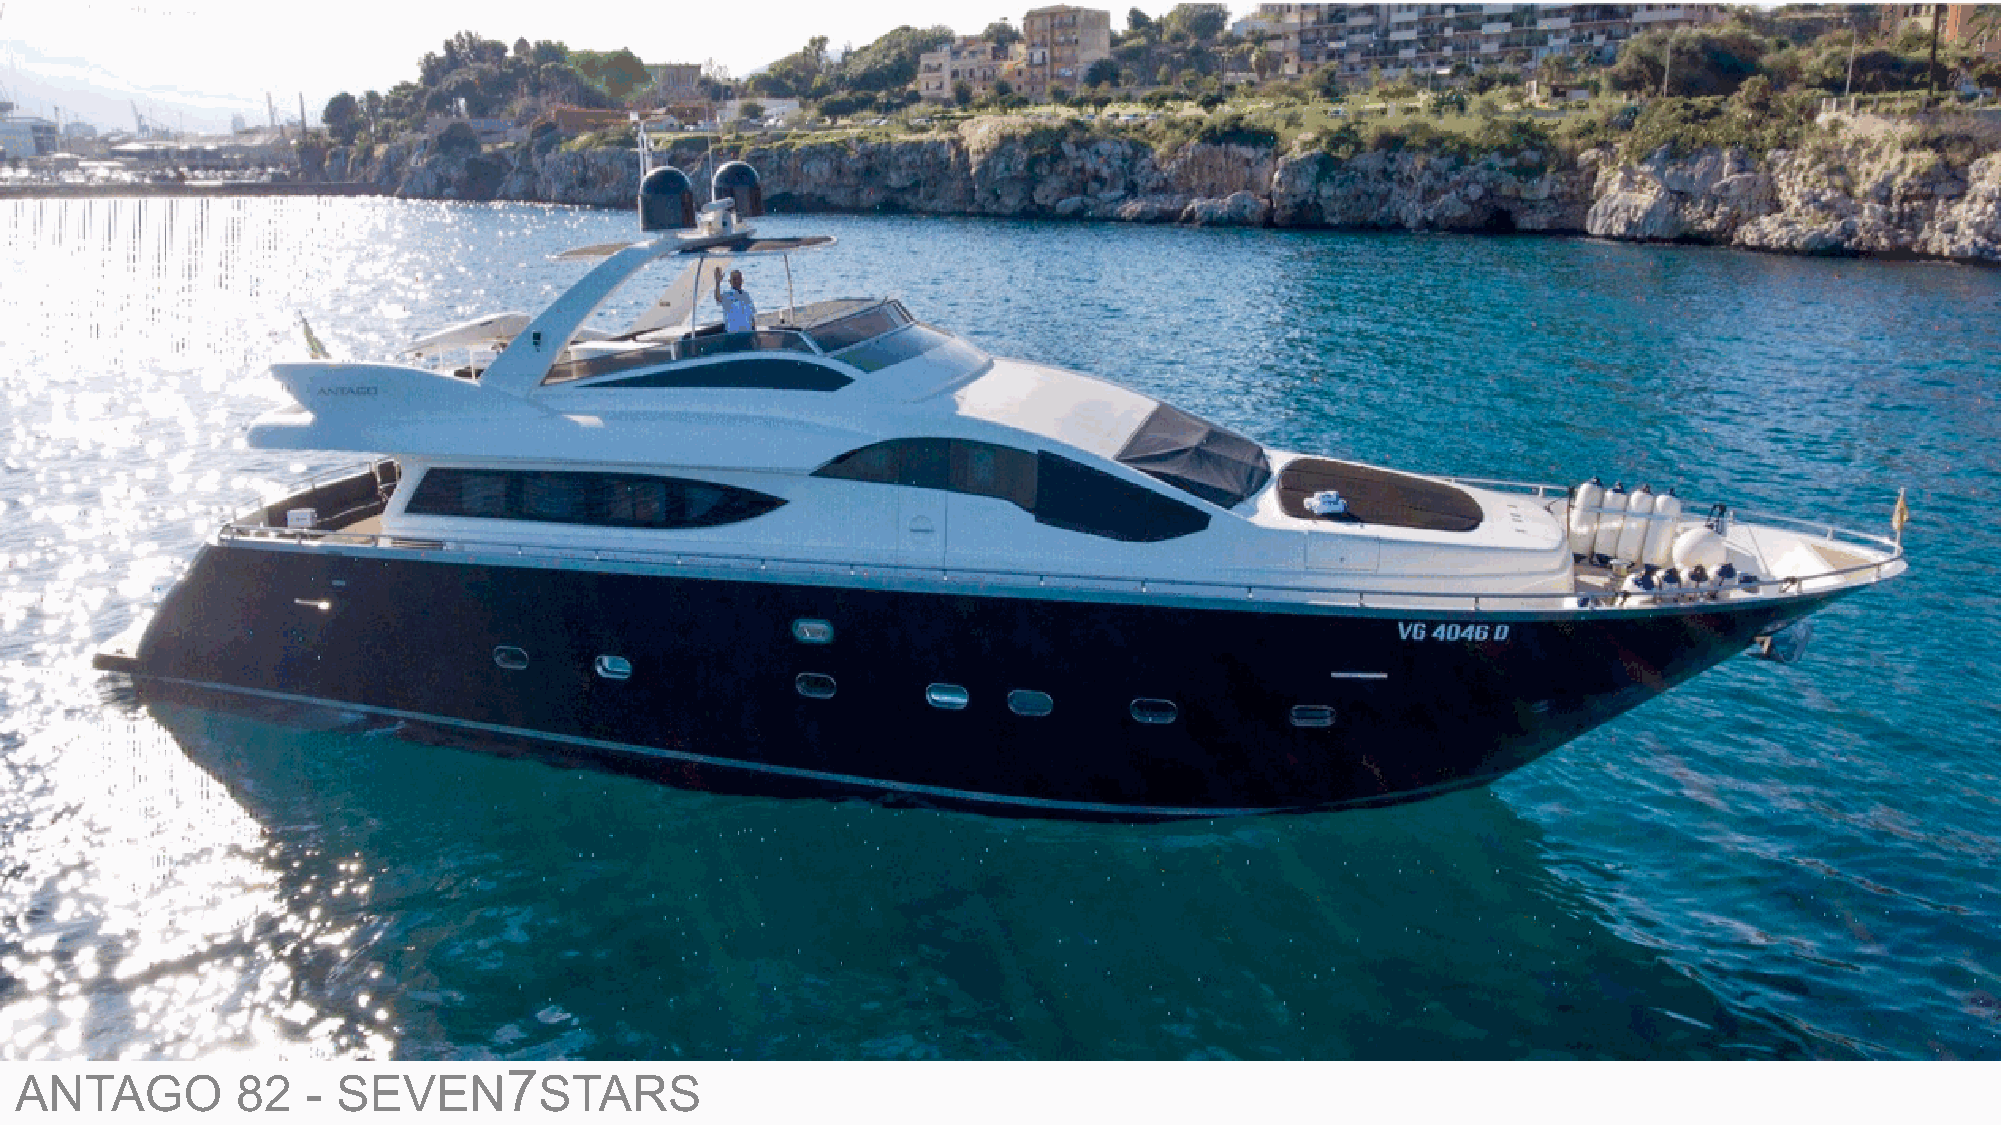
7
 ANTAGO         82  - SEVEN         STARS